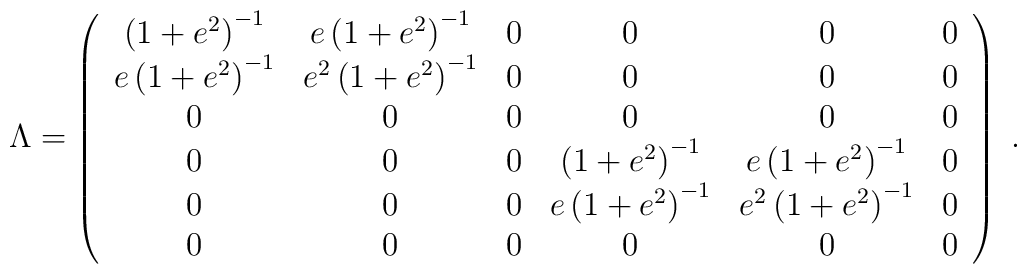
\Lambda =\left( \begin{array}{cccccc}\left( 1+e^{2}\right) ^{-1} & e\left( 1+e^{2}\right) ^{-1} & 0 & 0 & 0 & 0\\ e\left( 1+e^{2}\right) ^{-1} & e^{2}\left( 1+e^{2}\right) ^{-1} & 0 & 0 & 0& 0 \\ 0 & 0 & 0 & 0 & 0 & 0 \\ 0 & 0 & 0 & \left( 1+e^{2}\right) ^{-1} & e\left( 1+e^{2}\right) ^{-1} & 0\\ 0 & 0 & 0 & e\left( 1+e^{2}\right) ^{-1} & e^{2}\left( 1+e^{2}\right) ^{-1}& 0 \\ 0 & 0 & 0 & 0 & 0 & 0\end{array}\right) \;.